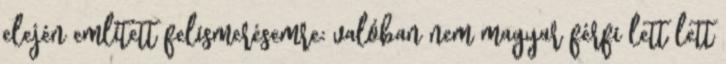
elején említett felismerésemre: valóban nem magyar férfi lett lett